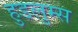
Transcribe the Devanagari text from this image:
हुडलुम्स